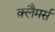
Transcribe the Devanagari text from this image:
क़्लैमर्स